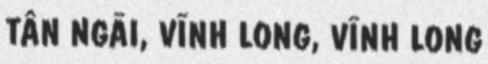
TÂN NGÃI, VĨNH LONG, VĨNH LONG